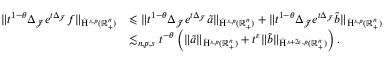
\begin{array} { r l } { \lVert t ^ { 1 - \theta } \Delta _ { \mathcal { J } } e ^ { t \Delta _ { \mathcal { J } } } f \rVert _ { \dot { \mathrm { H } } ^ { s , p } ( \mathbb { R } _ { + } ^ { n } ) } } & { \leqslant \lVert t ^ { 1 - \theta } \Delta _ { \mathcal { J } } e ^ { t \Delta _ { \mathcal { J } } } \tilde { a } \rVert _ { \dot { \mathrm { H } } ^ { s , p } ( \mathbb { R } _ { + } ^ { n } ) } + \lVert t ^ { 1 - \theta } \Delta _ { \mathcal { J } } e ^ { t \Delta _ { \mathcal { J } } } \tilde { b } \rVert _ { \dot { \mathrm { H } } ^ { s , p } ( \mathbb { R } _ { + } ^ { n } ) } } \\ & { \lesssim _ { n , p , s } t ^ { - \theta } \left( \lVert \tilde { a } \rVert _ { \dot { \mathrm { H } } ^ { s , p } ( \mathbb { R } _ { + } ^ { n } ) } + t ^ { \varepsilon } \lVert \tilde { b } \rVert _ { \dot { \mathrm { H } } ^ { s + 2 \varepsilon , p } ( \mathbb { R } _ { + } ^ { n } ) } \right) \mathrm { . ~ } } \end{array}